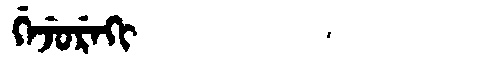
Manchu: ᡤᡝᠵᡠᡵᡝᡴᡳ
Romanization: GEJUREKI